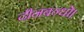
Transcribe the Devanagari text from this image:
दीनबन्धो।